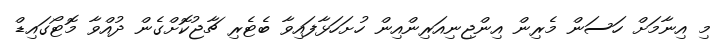
މި އިނާމަށް ހަސަން މެރިން އިންޖިނިއަރިންއިން ހުށަހަޅާފައިވާ ބެޓެރި ޗާޖުކޮށްގެން ދުއްވާ މޮޓޯގައިޑް